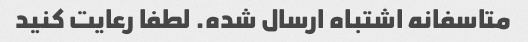
متاسفانه اشتباه ارسال شده. لطفا رعایت کنید